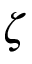
\zeta